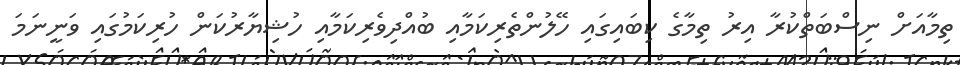
ތިމާއަށް ނިސްބަތްކުރާ އިރު ތިމާގެ ކިބައިގައި ހޭލުންތެރިކަމާއި ބުއްދިވެރިކަމާއި ހުޝިޔާރުކަން ހުރިކަމުގައި ވަނީނަމަ